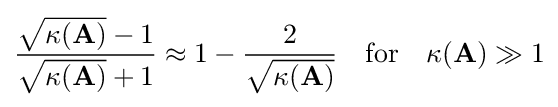
{\frac {{\sqrt {\kappa (\mathbf {A} )}}-1}{{\sqrt {\kappa (\mathbf {A} )}}+1}}\approx 1-{\frac {2}{\sqrt {\kappa (\mathbf {A} )}}}\quad {\text{for}}\quad \kappa (\mathbf {A} )\gg 1